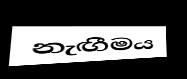
නැඟීමය